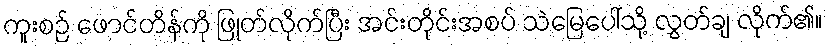
ကူးစဉ် ဖောင်တိန်ကို ဖြုတ်လိုက်ပြီး အင်းတိုင်းအစပ် သဲမြေပေါ်သို့ လွှတ်ချ လိုက်၏။